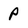
Character: p